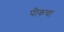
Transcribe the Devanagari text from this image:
पीकचा